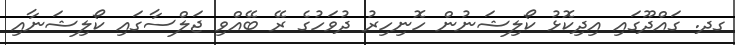
ގދ. ގައްދޫގައި އިދިކޮޅު ކޯލިޝަނުން ހޮނިހިރު ދުވަހުގެ ރޭ ބޭއްވި ޖަލްސާގައި ކޯލިޝަނާއި